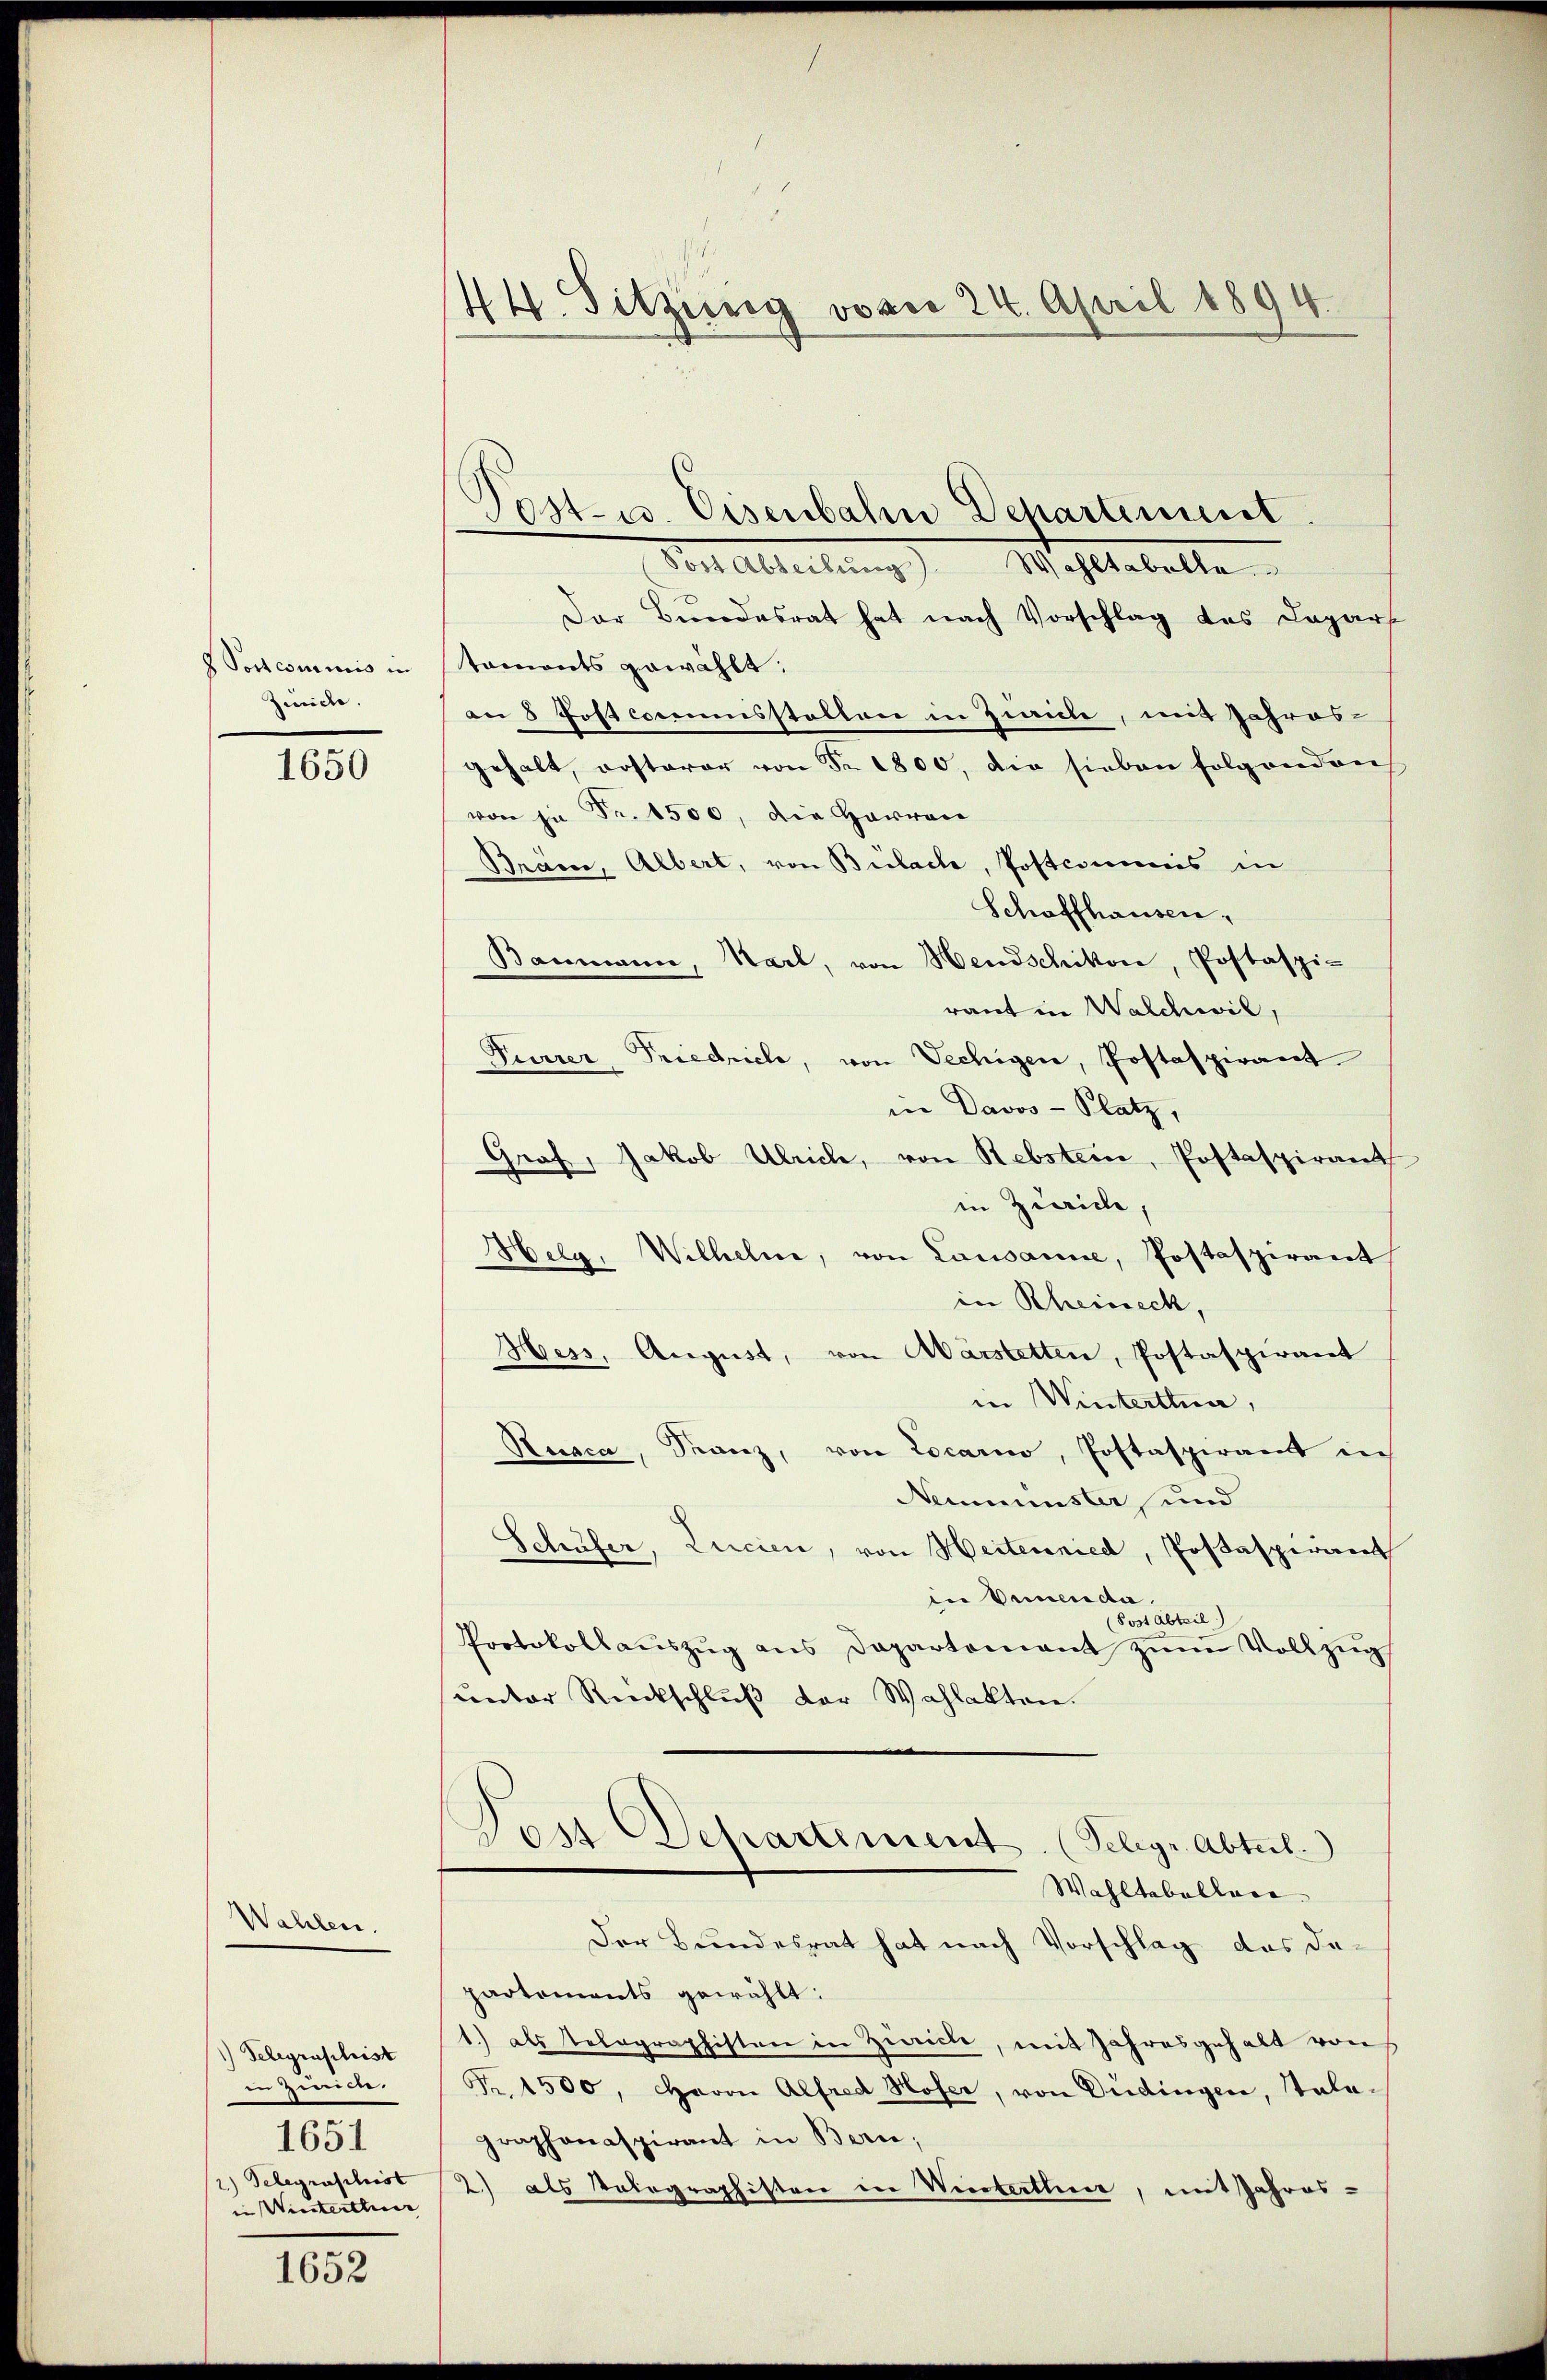
h Postcommis in
Zürich.

1650

Wahlen.

1) Telegraphist
in Zimme.
1651
2.) Selegraschist
in Winterthur

1652

44. Sitzung vosco 24. April 1894

Post- u. Eisenbahn Departement
Von Abteilung) Mehlstabelle
Der Bundesrat hat nach Vorschlag des Depart
taments gewählt:
an 8 Post commisstalten in Zivile, mit Jahres-
gehalt, erstarer von Fr. 1800, die sieben folgenden
von in Fr. 1500, die Harren
Bräm, Albert, von Bülache, Postcommis in
Schaffhausen,
Baumann, Karl, von Hendschikon, Postaspi-
raut in Walchwil,
Furrer Friedrich, von Vechigen, Postaspirant
in Davos- Platz,
Graf, Jakob Ulrich, von Rebster, Postaspirant
in Zürich,
Helg, Wilhelm, von Lausanne, Postaspirant
in Rheineck,
Hess, August, von Aarstetten, Postaspirant
in Wintertha,
Recaca, Franz, von Locarno, Postasperamt in
Neumünster, und
Schüfer, Lucien, von Heiternied, Postaspirant
in Vicencta.
(Post Abteil
Protokollauszug aus Departement zum Vollzug
unter Rückschluß der Wahlakten.
Dos Departement. (Seligr. Abteil.
Wahltabellare
Der Bundesrat hat nach Vorschlag das dapartements gewählt:
1.) als Telegraphisten in Zürich, mit Jahresgehalt von
Fr. 1500, Herrn Alfred Hofer, von Didingen, Stale
graphonaspirant in Bern;
2) als Votographisten in Winterthur, mit Jahres-